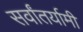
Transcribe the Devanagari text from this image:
सर्वांतर्यामी